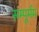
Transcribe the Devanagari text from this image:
सम्पूर्मम